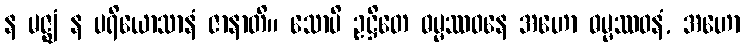
န မဇ္ဈံ န ပရိယောသာနံ ဇာနာတိ။ သောပိ ဥဋ္ဌိတေ ဓမ္မဿဝနေ အဟော ဓမ္မဿဝနံ, အဟော